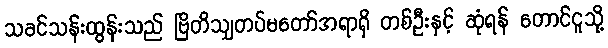
သခင်သန်းထွန်းသည် ဗြိတိသျှတပ်မတော်အရာရှိ တစ်ဦးနှင့် ဆုံရန် တောင်ငူသို့